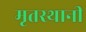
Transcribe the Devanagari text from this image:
मृतस्थानी